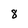
Character: 8